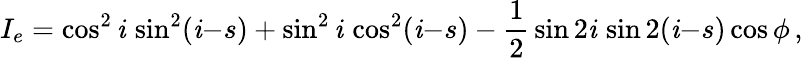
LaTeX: I_{e}=\cos^{2}\mathit{i}\, \sin^{2}(\mathit{i}{-}s)+\sin^{2}\mathit{i}\, \cos^{2}(\mathit{i}{-}s)-{\frac{{1}}{{2}}}\sin2\mathit{i}\, \sin2(\mathit{i}{-}s)\cos\phi\, ,